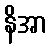
နိအာ